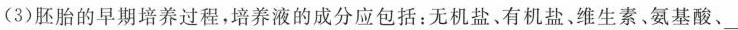
(3)胚胎的早期培养过程，培养液的成分应包括：无机盐、有机盐、维生素、氨基酸、___